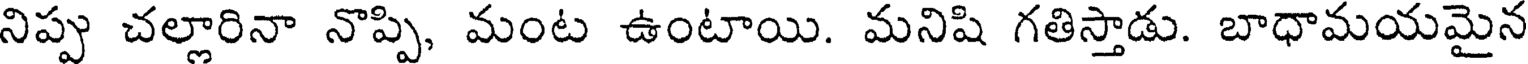
నిప్పు చల్లారినా నొప్పి, మంట ఉంటాయి. మనిషి గతిస్తాడు. బాధామయమైన